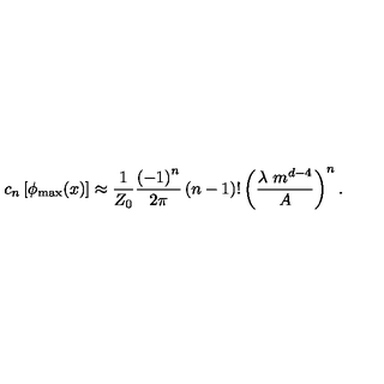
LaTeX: c _ { n } \left[ \phi _ { \mathrm { m a x } } ( x ) \right] \approx { \frac { 1 } { Z _ { 0 } } } { \frac { \left( - 1 \right) ^ { n } } { 2 \pi } } \left( n - 1 \right) ! \left( { \frac { \lambda \ m ^ { d - 4 } } { A } } \right) ^ { n } .